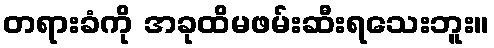
တရားခံကို အခုထိမဖမ်းဆီးရသေးဘူး။